Civil Veterinary Dept. Bombay admin report 1893-99 - 1893-1899
Year: 1893
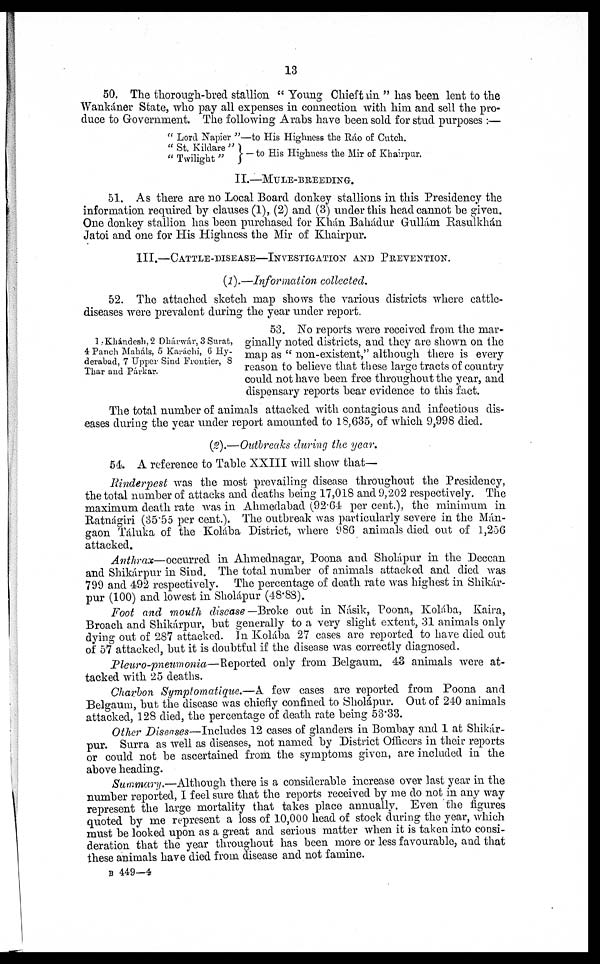
13
50. The thorough-bred stallion " Young Chieftain " has been lent to the
Wankáner State, who pay all expenses in connection with him and sell the pro-
duce to Government. The following Arabs have been sold for stud purposes :—
" Lord Napier
" St. Kildare "
" Twilight "
"—to His Highness the Ráo of Cutch.
—to His Highness the Mir of Khairpur.
II.—MULE-BREEDING.
51. As there are no Local Board donkey stallions in this Presidency the
information required by clauses (1), (2) and (3) under this head cannot be given.
One donkey stallion has been purchased for Khán Bahádur Gullám Rasulkhán
Jatoi and one for His Highness the Mir of Khairpur.
III.—CATTLE-DISEASE—INVESTIGATION AND PREVENTION.
(1).—Information collected.
52. The attached sketch map shows the various districts where cattle-
diseases were prevalent during the year under report.
1 Khándesh, 2 Dharwár, 3 Surat,
4 Panch Maháls, 5 Karáchi, 6 Hy-
derabad, 7 Upper Sind Frontier, 8
Thar and Párkar.
53. No reports were received from the mar-
ginally noted districts, and they are shown on the
map as " non-existent," although there is every
reason to believe that these large tracts of country
could not have been free throughout the year, and
dispensary reports bear evidence to this fact.
The total number of animals attacked with contagious and infectious dis-
eases during the year under report amounted to 18,635, of which 9,998 died.
(2).—Outbreaks during the year.
54. A reference to Table XXIII will show that—
Rinderpest was the most prevailing disease throughout the Presidency,
the total number of attacks and deaths being 17,018 and 9,202 respectively. The
maximum death rate was in Ahmedabad (92.64 per cent.), the minimum in
Ratnágiri (35.55 per cent.). The outbreak was particularly severe in the Mán-
gaon Táluka of the Kolába District, where 986 animals died out of 1,256
attacked.
Anthrax—occurred
in Ahmednagar, Poona and Sholápur in the Deecan
and Shikárpur in Sind. The total number of animals attacked and died was
799 and 492 respectively. The percentage of death rate was highest in Shikár-
pur (100) and lowest in Sholápur (48.88).
Foot and mouth disease —Broke out in Násik, Poona, Kolába, Kaira,
Broach and Shikárpur, but generally to a very slight extent, 31 animals only
dying out of 287 attacked. In Kolába 27 cases are reported to have died out
of 57 attacked, but it is doubtful if the disease was correctly diagnosed.
Pleuro-pneumonia—Reported only from Belgaum. 43 animals were at-
tacked with 25 deaths.
Charbon Symptomatique.—A
few cases are reported from Poona and
Belgaum, but the disease was chiefly confined to Sholápur. Out of 240 animals
attacked, 128 died, the percentage of death rate being 53.33.
Other Diseases—Includes 12 cases of glanders in Bombay and 1 at Shikár-
pur. Surra as well as diseases, not named by District Officers in their reports
or could not be ascertained from the symptoms given, are included in the
above heading.
Summary.—Although
there is a considerable increase over last year in the
number reported, I feel sure that the reports received by me do not in any way
represent the large mortality that takes place annually. Even the figures
quoted by me represent a loss of 10,000 head of stock during the year, which
must be looked upon as a great and serious matter when it is taken into consi-
deration that the year throughout has been more or less favourable, and that
these animals have died from disease and not famine.
B 449—4